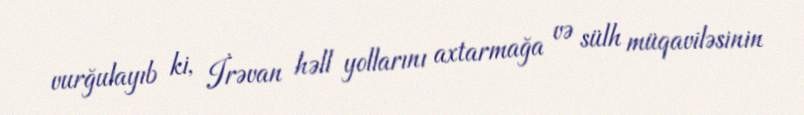
vurğulayıb ki, İrəvan həll yollarını axtarmağa və sülh müqaviləsinin